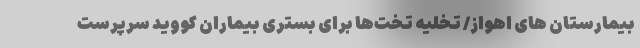
بیمارستان ‌های اهواز/ تخلیه تخت‌ها برای بستری بیماران کووید سرپرست